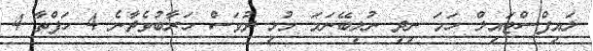
ލައިފްސްޓައިލް ހަމަ ނިދި ނުލިބޭނަމަ މުޅި ދުވަސް ހަރާބުވެދާނެ 4 ހަފްތާ 4